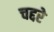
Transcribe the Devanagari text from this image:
चद्दरे